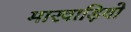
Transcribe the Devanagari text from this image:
मारवाड़ियो